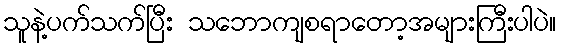
သူနဲ့ပက်သက်ပြီး သဘောကျစရာတော့အများကြီးပါပဲ။